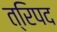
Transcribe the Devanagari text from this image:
त्रिपद